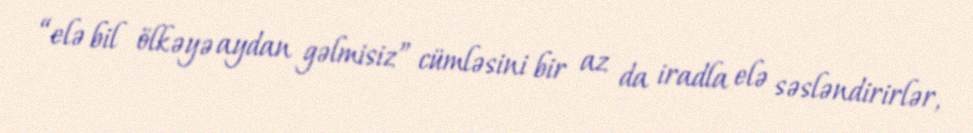
“elə bil ölkəyə aydan gəlmisiz” cümləsini bir az da iradla elə səsləndirirlər,